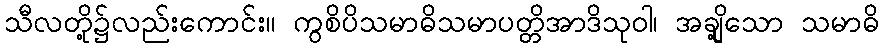
သီလတို့၌လည်းကောင်း။ ကွစိပိသမာဓိသမာပတ္တိအာဒိသုဝါ၊ အချို့သော သမာဓိ